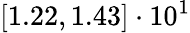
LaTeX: \left[1.22,1.43\right]\cdot 10^{1}